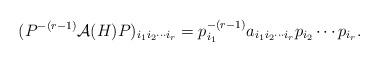
LaTeX: \begin{align*}(P^{-(r-1)}\mathcal{A}(H)P)_{i_1i_2\cdots i_r}=p_{i_1}^{-(r-1)}a_{i_1i_2\cdots i_r}p_{i_2}\cdots p_{i_r}.\end{align*}